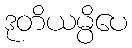
ဒုတိယမ္ပိပေ